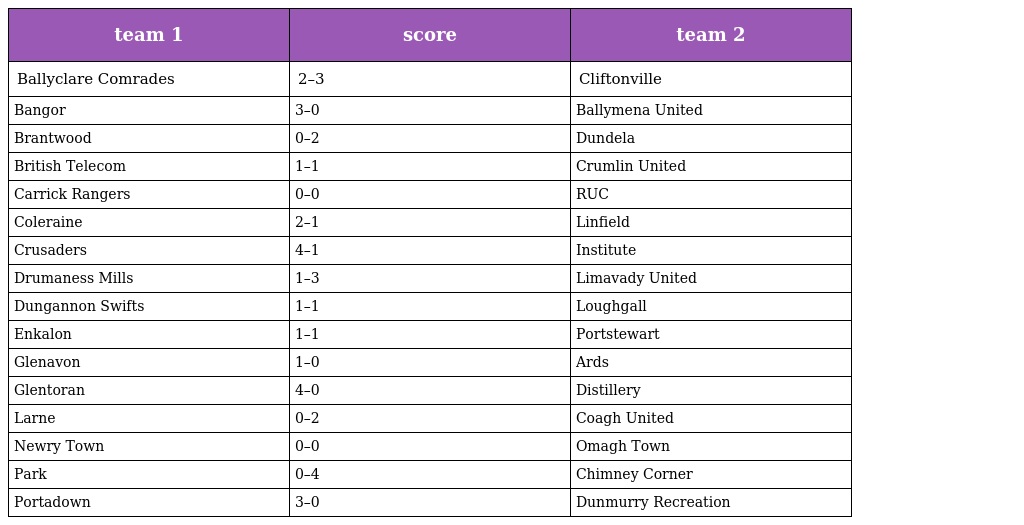
| team 1 | score | team 2 |
 | --- | --- | --- |
 | Ballyclare Comrades | 2–3 | Cliftonville |
 | Bangor | 3–0 | Ballymena United |
 | Brantwood | 0–2 | Dundela |
 | British Telecom | 1–1 | Crumlin United |
 | Carrick Rangers | 0–0 | RUC |
 | Coleraine | 2–1 | Linfield |
 | Crusaders | 4–1 | Institute |
 | Drumaness Mills | 1–3 | Limavady United |
 | Dungannon Swifts | 1–1 | Loughgall |
 | Enkalon | 1–1 | Portstewart |
 | Glenavon | 1–0 | Ards |
 | Glentoran | 4–0 | Distillery |
 | Larne | 0–2 | Coagh United |
 | Newry Town | 0–0 | Omagh Town |
 | Park | 0–4 | Chimney Corner |
 | Portadown | 3–0 | Dunmurry Recreation |